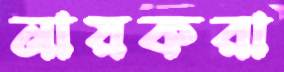
নায়করা